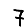
Digit: 7